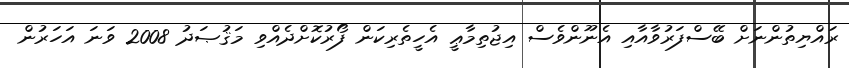
ރައްޔިތުންނަށް ބޭސްފަރުވާއާއި އެނޫންވެސް އިޖުތިމާޢީ އެހީތެރިކަން ފޯރުކޮށްދެއްވި މަޤުޞަދު 2008 ވަނަ އަހަރުން